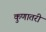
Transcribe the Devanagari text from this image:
कुणातरी